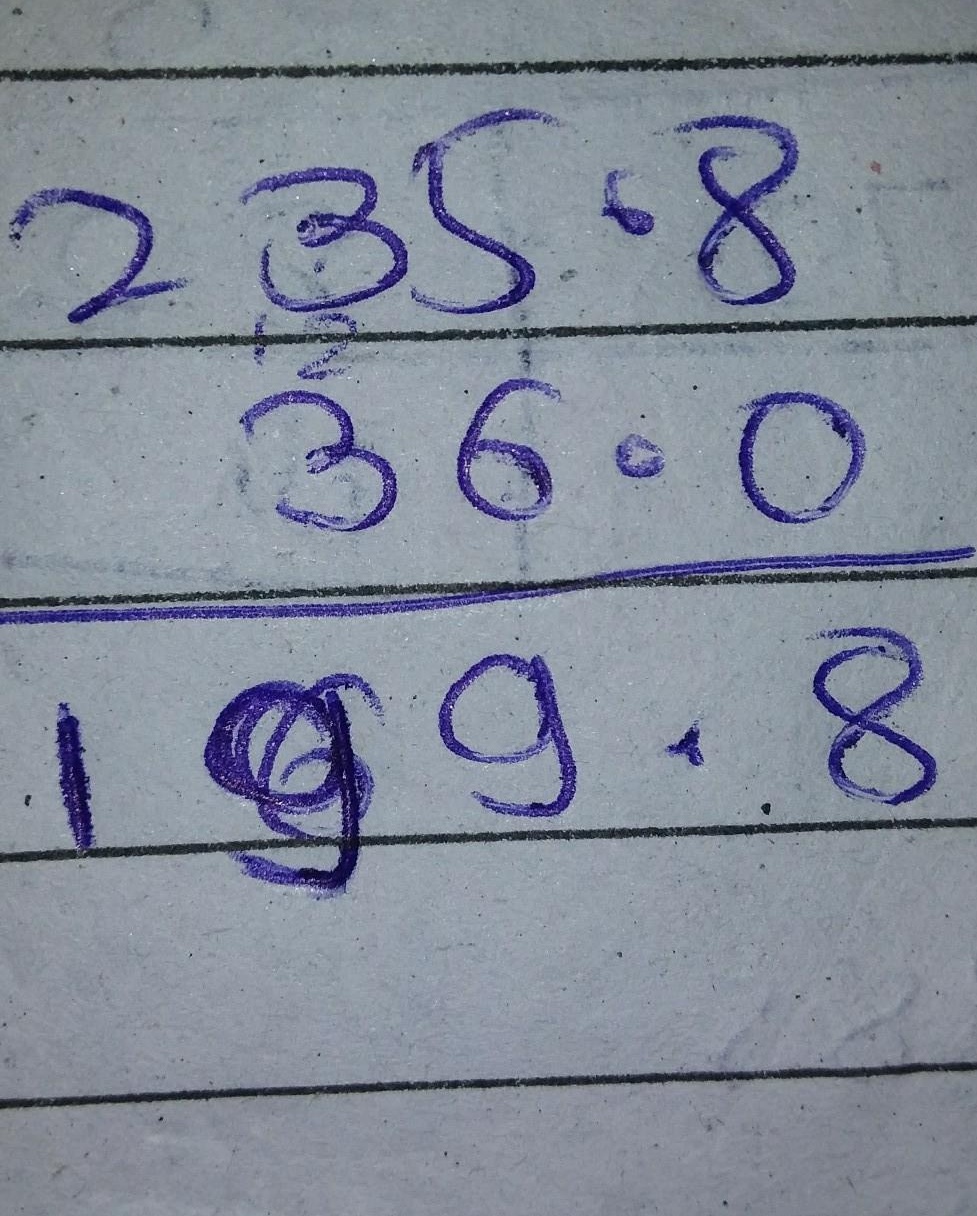
235.836.0199.8